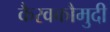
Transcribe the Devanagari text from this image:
कैरवकौमुदी